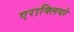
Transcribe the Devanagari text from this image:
एराक्लियो